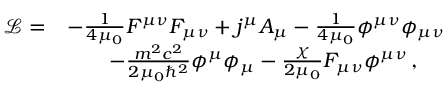
\begin{array} { r l } { \mathcal L = } & { - \frac { 1 } { 4 \mu _ { 0 } } F ^ { \mu \nu } F _ { \mu \nu } + j ^ { \mu } A _ { \mu } - \frac { 1 } { 4 \mu _ { 0 } } \phi ^ { \mu \nu } \phi _ { \mu \nu } } \\ & { \qquad - \frac { m ^ { 2 } c ^ { 2 } } { 2 \mu _ { 0 } \hbar ^ { 2 } } \phi ^ { \mu } \phi _ { \mu } - \frac { \chi } { 2 \mu _ { 0 } } F _ { \mu \nu } \phi ^ { \mu \nu } \, , } \end{array}